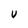
Character: V